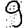
Digit: 9